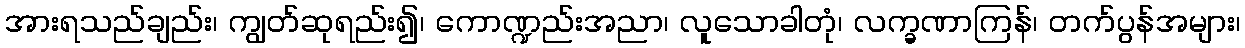
အားရသည်ချည်း၊ ကျွတ်ဆုရည်း၍၊ ကောဏ္ဍည်းအညာ၊ လူသောခါတုံ၊ လက္ခဏာကြန်၊ တက်ပွန်အများ၊